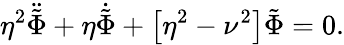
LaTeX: \eta^{2}\ddot{\tilde{\Phi}}+\eta\dot{\tilde{\Phi}}+\left[\eta^{2}-\nu^{2}\right]\tilde{\Phi}=0.